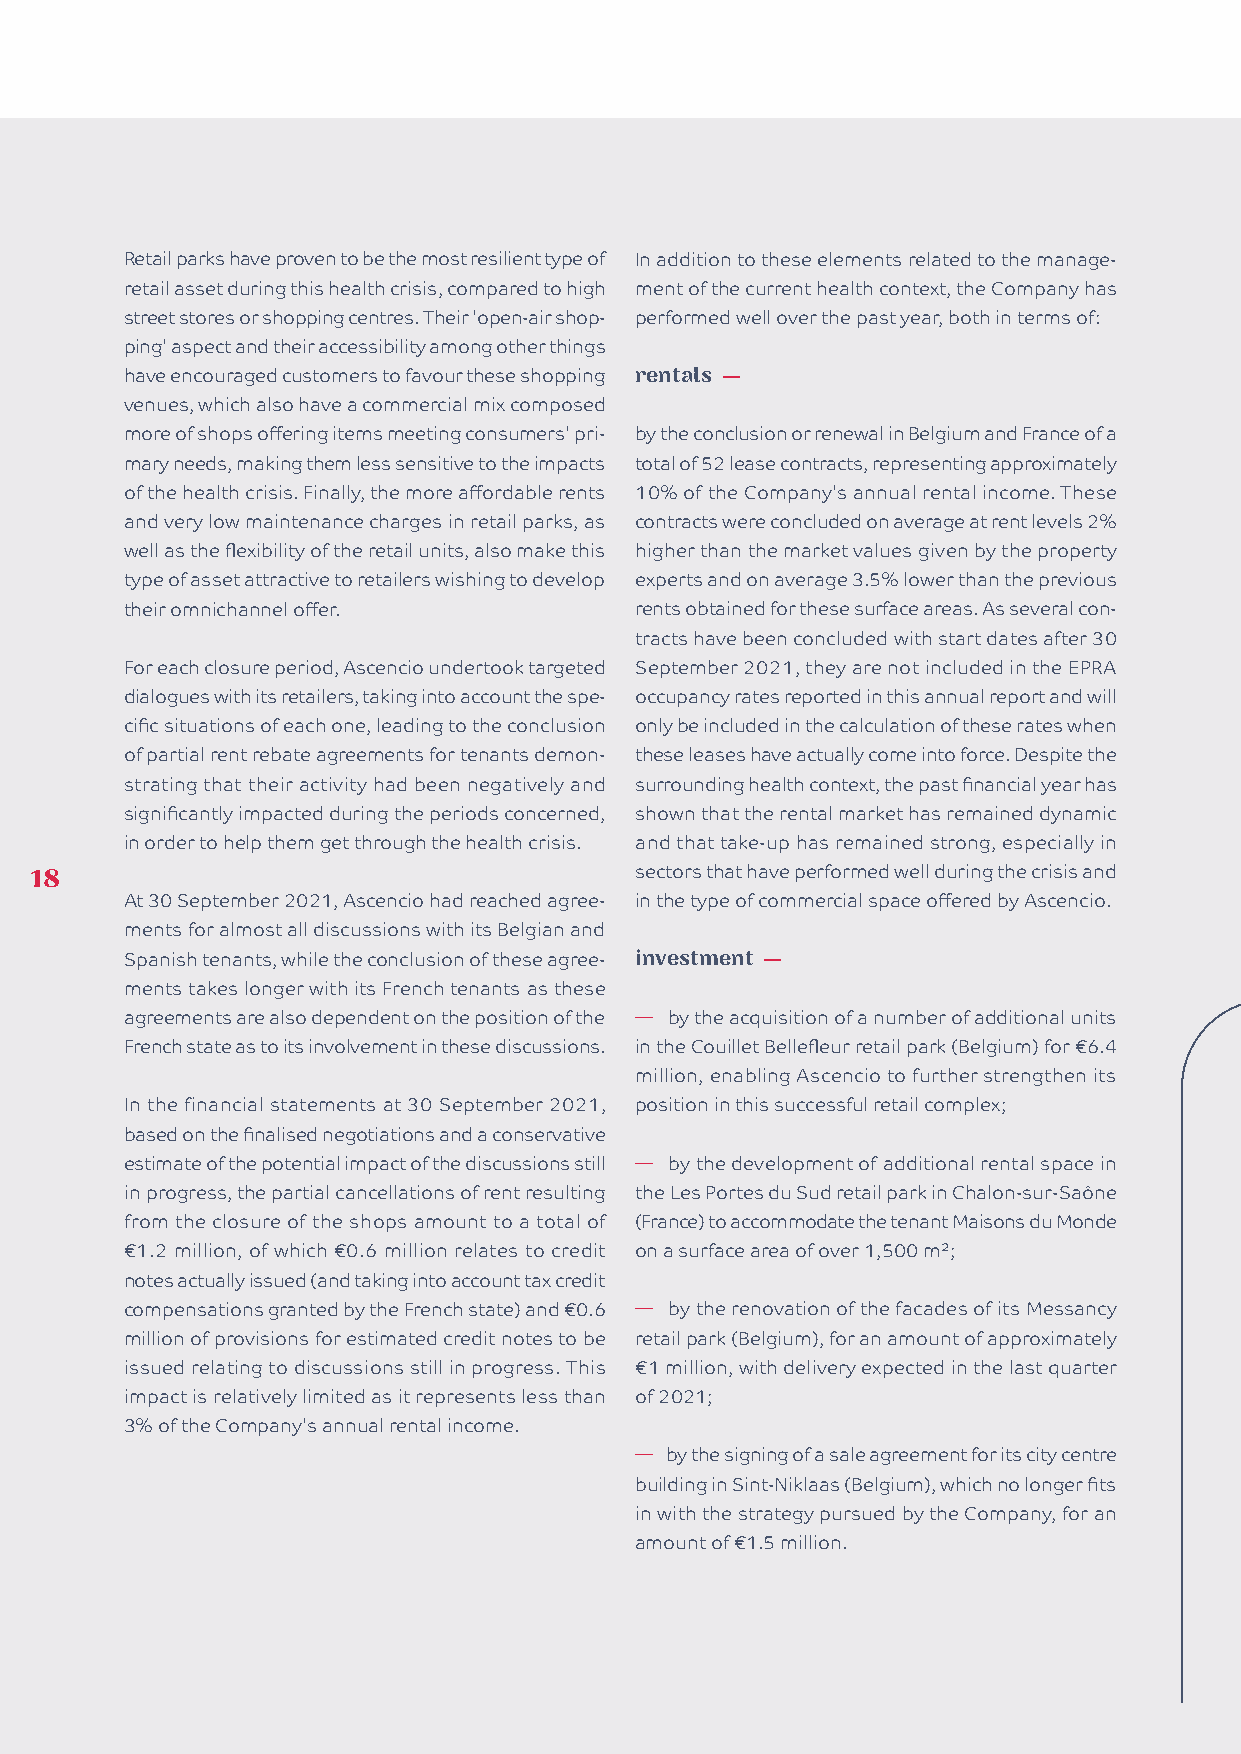
Retail parks have proven to be the most resilient type of In addition to these elements related to the manage-
 retail asset during this health crisis, compared to high ment of the current health context, the Company has
 street stores or shopping centres. Their 'open-air shop- performed well over the past year, both in terms of:
 ping' aspect and their accessibility among other things
 have encouraged customers to favour these shopping rentals —
 venues, which also have a commercial mix composed
 more of shops offering items meeting consumers' pri- by the conclusion or renewal in Belgium and France of a
 mary needs, making them less sensitive to the impacts total of 52 lease contracts, representing approximately
 of the health crisis. Finally, the more affordable rents 10% of the Company's annual rental income. These
 and very low maintenance charges in retail parks, as contracts were concluded on average at rent levels 2%
 well as the flexibility of the retail units, also make this higher than the market values given by the property
 type of asset attractive to retailers wishing to develop experts and on average 3.5% lower than the previous
 their omnichannel offer.          rents obtained for these surface areas. As several con-
 tracts have been concluded with start dates after 30
 For each closure period, Ascencio undertook targeted September 2021, they are not included in the EPRA
 dialogues with its retailers, taking into account the spe- occupancy rates reported in this annual report and will
 cific situations of each one, leading to the conclusion only be included in the calculation of these rates when
 of partial rent rebate agreements for tenants demon- these leases have actually come into force. Despite the
 strating that their activity had been negatively and surrounding health context, the past financial year has
 significantly impacted during the periods concerned, shown that the rental market has remained dynamic
 in order to help them get through the health crisis. and that take-up has remained strong, especially in
 18                                      sectors that have performed well during the crisis and
 At 30 September 2021, Ascencio had reached agree- in the type of commercial space offered by Ascencio.
 ments for almost all discussions with its Belgian and
 Spanish tenants, while the conclusion of these agree- investment —
 ments takes longer with its French tenants as these
 agreements are also dependent on the position of the � by the acquisition of a number of additional units
 French state as to its involvement in these discussions. in the Couillet Bellefleur retail park (Belgium) for €6.4
 million, enabling Ascencio to further strengthen its
 In the financial statements at 30 September 2021, position in this successful retail complex;
 based on the finalised negotiations and a conservative
 estimate of the potential impact of the discussions still � by the development of additional rental space in
 in progress, the partial cancellations of rent resulting the Les Portes du Sud retail park in Chalon-sur-Saône
 from the closure of the shops amount to a total of (France) to accommodate the tenant Maisons du Monde
 €1.2 million, of which €0.6 million relates to credit on a surface area of over 1,500 m²;
 notes actually issued (and taking into account tax credit
 compensations granted by the French state) and €0.6 � by the renovation of the facades of its Messancy
 million of provisions for estimated credit notes to be retail park (Belgium), for an amount of approximately
 issued relating to discussions still in progress. This €1 million, with delivery expected in the last quarter
 impact is relatively limited as it represents less than of 2021;
 3% of the Company's annual rental income.
 � by the signing of a sale agreement for its city centre
 building in Sint-Niklaas (Belgium), which no longer fits
 in with the strategy pursued by the Company, for an
 amount of €1.5 million.